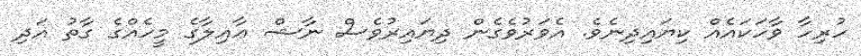
ހުރިހާ ވާހަކައެއް ކިޔައިދިނެވެ. އެވަރުވެގެން ދިިޔައިރުވެސް ނާޝް ޢާއިލާގެ މީހެއްްގެ ގާތު އަދި